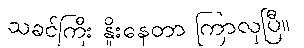
သခင်ကြီး နှိုးနေတာ ကြာလှပြီ။